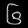
Digit: ၆